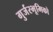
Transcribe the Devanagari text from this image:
गुर्जरभूमिको